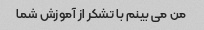
من می بینم با تشکر از آموزش شما